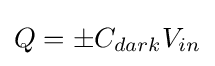
Q=\pm C_{dark}V_{in}